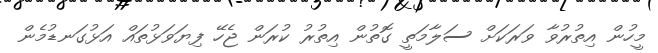
މީހުން އިތުރުވާ ވަރަކަށް ސަލާމަތީ ގޮތުން އިތުރު ކުރަން ޖެހޭ ފިޔަވަޅުތައް އަޅުގަނޑުމެން